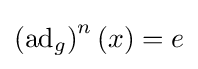
\left(\operatorname {ad} _{g}\right)^{n}(x)=e